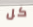
كل